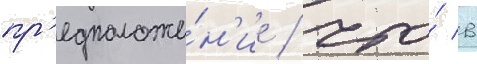
пр'едположе́н'ие / что́ в